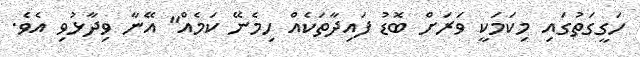
ހަގީގަތުގައި މިކަމަކީ ވަރަށް ބޮޑު ފައިދާތަކެއް ހިމެނޭ ކަމެއް" އޭނާ ވިދާޅުވި އެވެ.